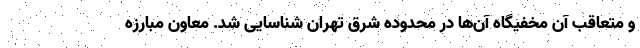
و متعاقب آن مخفیگاه آن‌ها در محدوده شرق تهران شناسایی شد. معاون مبارزه